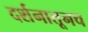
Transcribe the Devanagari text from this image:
दर्शनातूनच